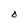
Character: O